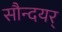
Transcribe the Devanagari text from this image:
सौन्दयर्